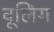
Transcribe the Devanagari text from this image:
वूलिंग